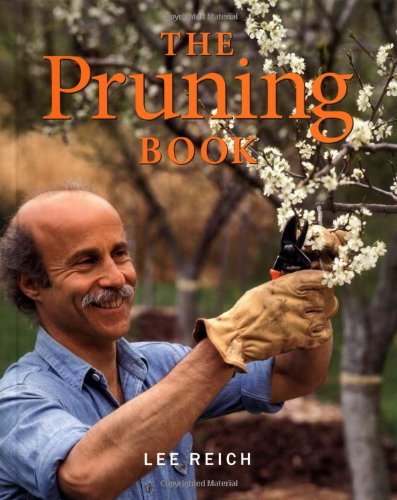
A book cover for The Pruning Book; Lee Reich; Crafts, Hobbies & Home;